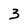
Character: 3